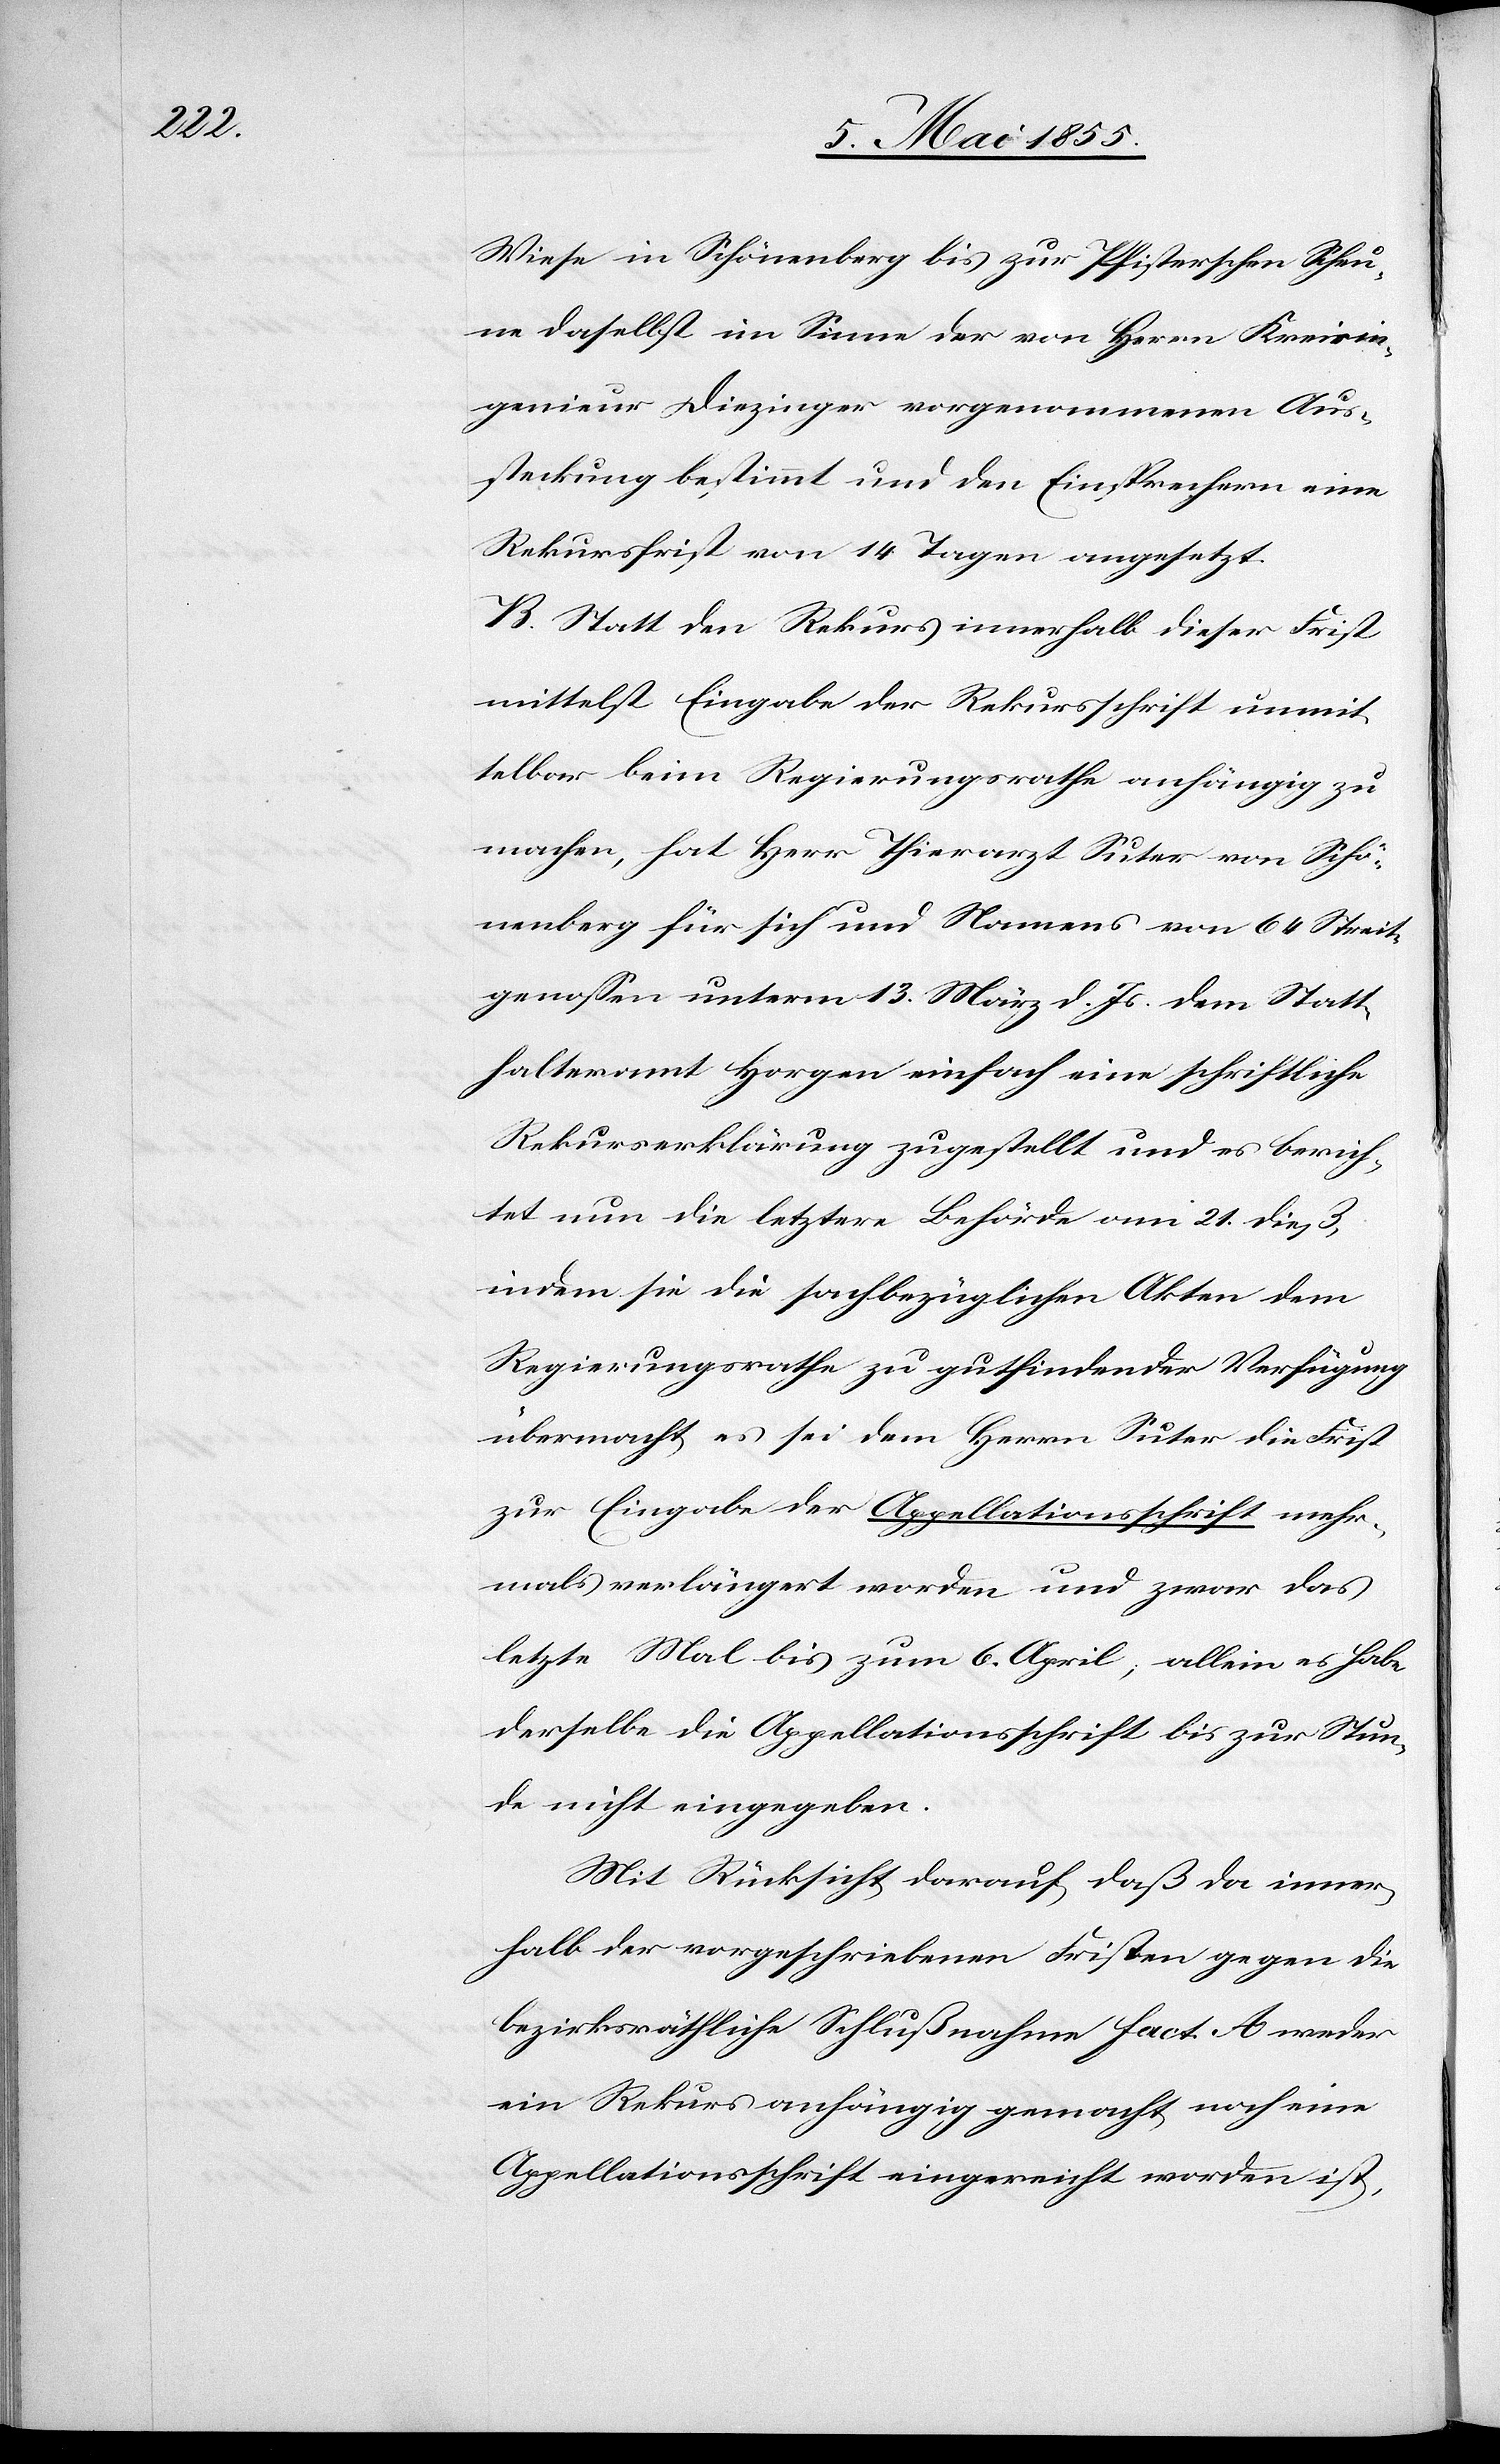
Wiese in Schönenberg bis zur Pfisterschen Scheu¬
ne daselbst im Sinne der von Herrn Kreisin¬
genieur Diezinger vorgenommenen Aus¬
steckung bestimmt und den Einsprechern eine
Rekursfrist von 14 Tagen angesetzt.
B. Statt den Rekurs innerhalb dieser Frist
mittelst Eingabe der Rekursschrift unmit¬
telbar beim Regierungsrathe anhängig zu
machen, hat Herr Thierarzt Suter von Schö¬
nenberg für sich und Namens von 64 Streit¬
genossen unterm 13. März d. Js. dem Statt¬
halteramt Horgen einfach eine schriftliche
Rekurserklärung zugestellt und es berich¬
tet nun die letztere Behörde am 21. dieß,
indem sie die sachbezüglichen Akten dem
Regierungsrathe zu gutfindender Verfügung
übermacht, es sei dem Herrn Suter die Frist
zur Eingabe der Appellationsschrift mehr¬
mals verlängert worden und zwar das
letzte Mal bis zum 6. April, allein es habe
derselbe die Appellationsschrift bis zur Stun¬
de nicht eingegeben.
Mit Rücksicht darauf, daß da inner¬
halb der vorgeschriebenen Fristen gegen die
bezirksräthliche Schlußnahme Fact. A weder
ein Rekurs anhängig gemacht noch eine
Appellationsschrift eingereicht worden ist,